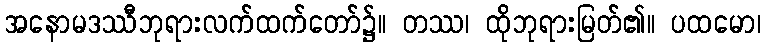
အနောမဒဿီဘုရားလက်ထက်တော်၌။ တဿ၊ ထိုဘုရားမြတ်၏။ ပထမော၊